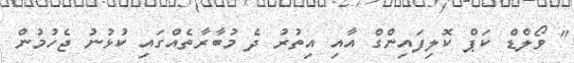
" ވޯލްޑް ކަޕް ކޮލިފައިންގް އާއި އިތުރު ދެ މުބާރާތެއްގައި ކުޅުނު ޖެހުމުން